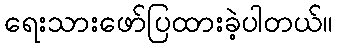
ရေးသားဖော်ပြထားခဲ့ပါတယ်။